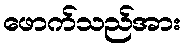
ဖောက်သည်အား